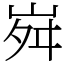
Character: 𡶷